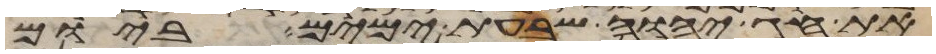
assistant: את חג יהוה שבעת ימים ביום